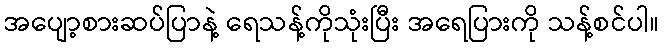
အပျော့စားဆပ်ပြာနဲ့ ရေသန့်ကိုသုံးပြီး အရေပြားကို သန့်စင်ပါ။